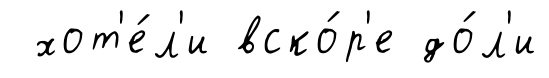
хот'е́л'и вско́р'е до́л'и